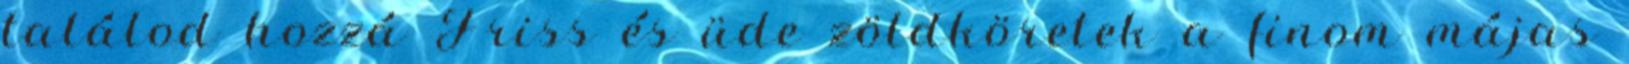
találod hozzá Friss és üde zöldköretek a finom májas